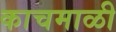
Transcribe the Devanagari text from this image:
काचमाळी